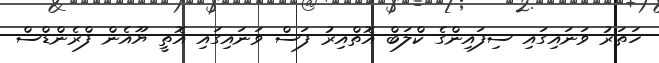
ހަތަރު ވަނައިގައި ސިފައިންގެ ކްލަބް އޮތްއިރު ފަސް ވަނައިގައި އޮތީ ޔޫއެން ފްރެންޑްސް